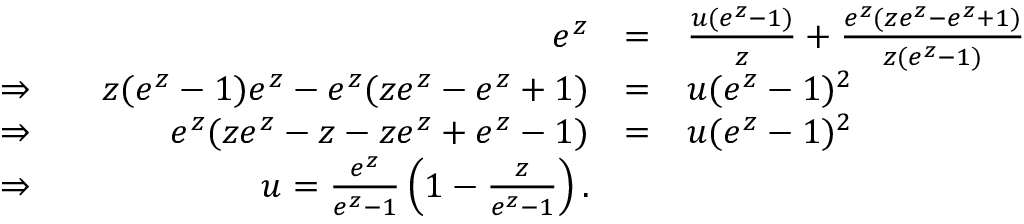
\begin{array} { r r c l } & { e ^ { z } } & { = } & { \frac { u ( e ^ { z } - 1 ) } { z } + \frac { e ^ { z } ( z e ^ { z } - e ^ { z } + 1 ) } { z ( e ^ { z } - 1 ) } } \\ { \Rightarrow } & { \quad z ( e ^ { z } - 1 ) e ^ { z } - e ^ { z } ( z e ^ { z } - e ^ { z } + 1 ) } & { = } & { u ( e ^ { z } - 1 ) ^ { 2 } } \\ { \Rightarrow } & { e ^ { z } ( z e ^ { z } - z - z e ^ { z } + e ^ { z } - 1 ) } & { = } & { u ( e ^ { z } - 1 ) ^ { 2 } } \\ { \Rightarrow } & { u = \frac { e ^ { z } } { e ^ { z } - 1 } \left( 1 - \frac { z } { e ^ { z } - 1 } \right) . } \end{array}